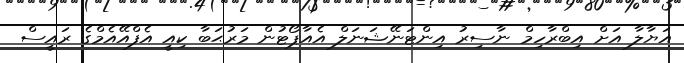
އަޔާލާ އަށް އިބްރާހިމް ނާސިރު އިންޓަނޭޝަނަލް އެއާޕޯޓުން މަރުޙަބާ ކިއީ އެފްއޭއެމްގެ ރައީސް